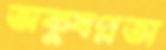
অক্ষুণ্ণতা